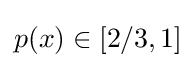
p(x)\in [2/3,1]